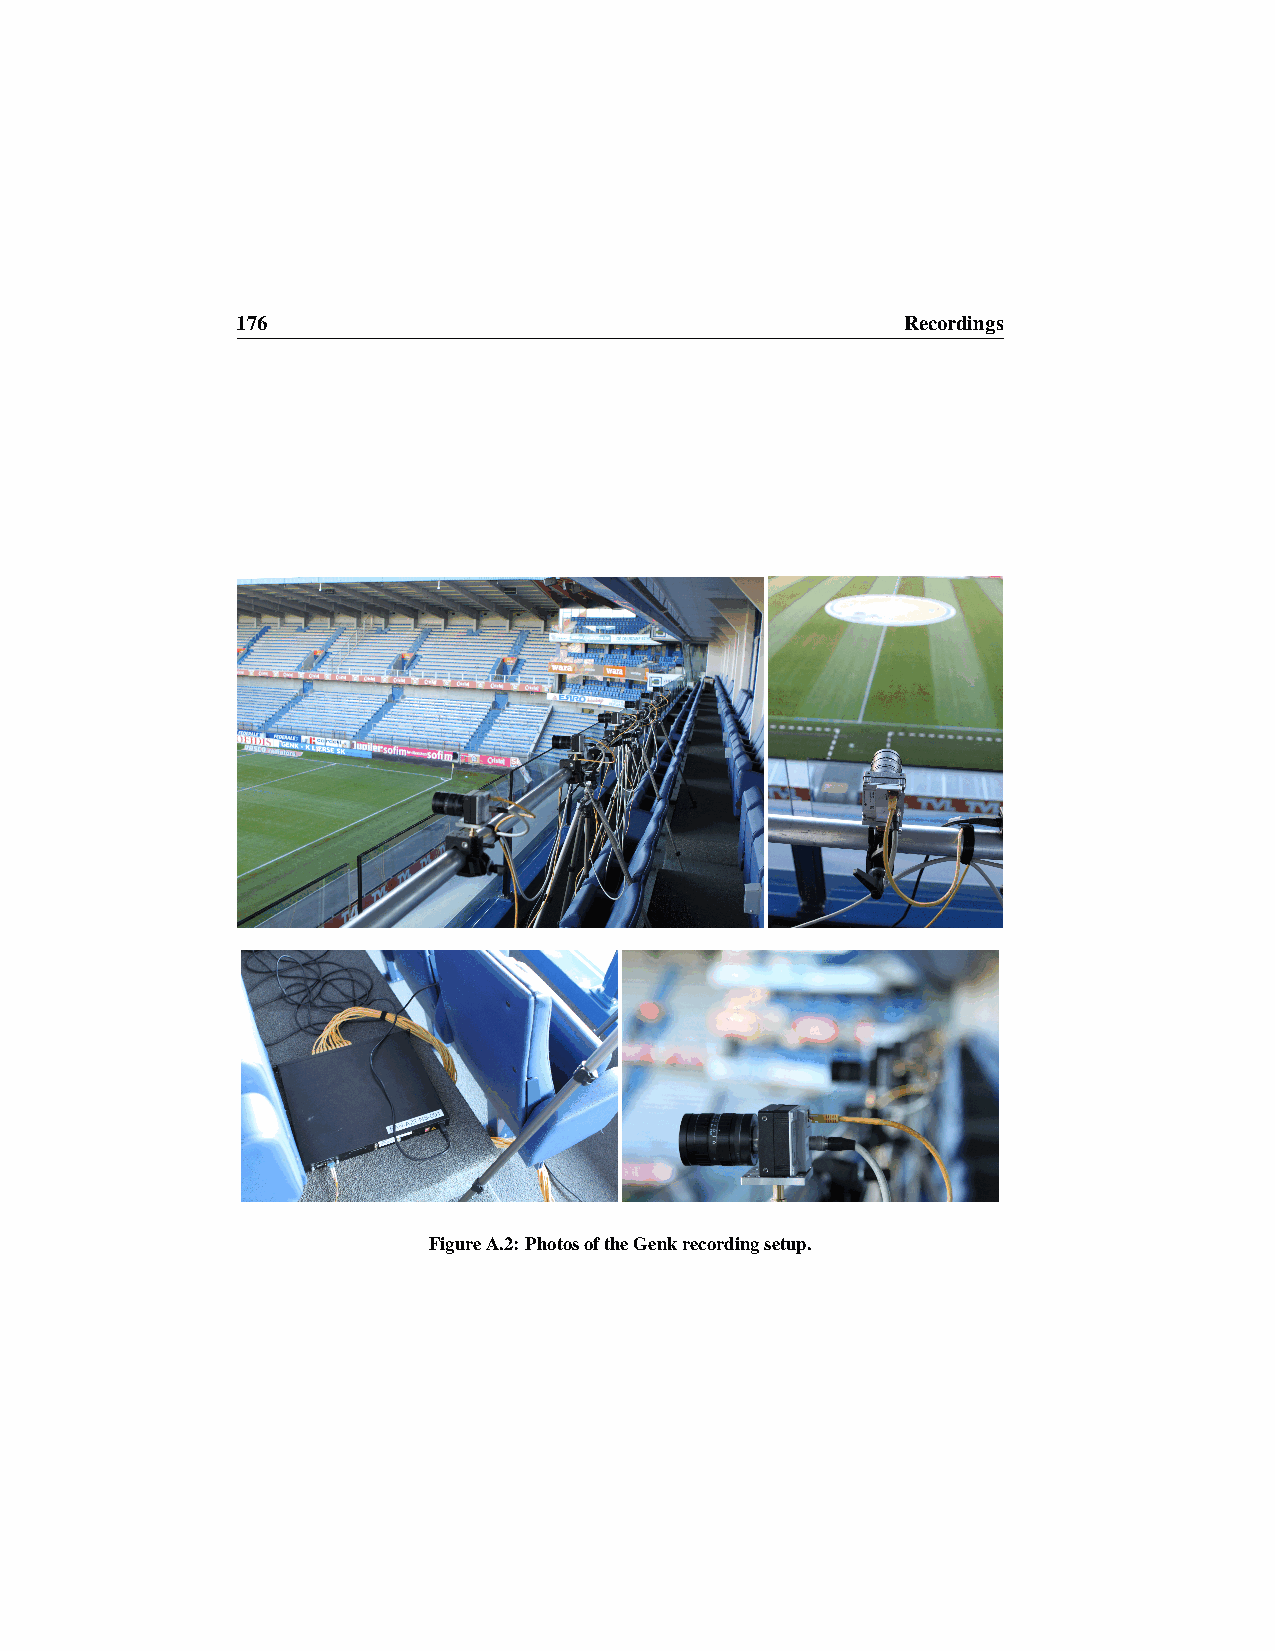
176                                         Recordings
 FigureA.2:PhotosoftheGenkrecordingsetup.